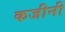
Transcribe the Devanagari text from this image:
कजीनी